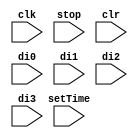
`timescale 1ns / 1ps
//////////////////////////////////////////////////////////////////////////////////
// Company: UT ECE
// UT EID: jcr4698
// 
// Design Name: Stopwatch/Timer
// Module Name: downCount
// Project Name: Lab 6
// Target Devices: Basys3
// Description:  down counter with optional initial time programmable stopwatch/timer. 
// Design will be implemented using RTL-design methodology with 4 modes.
// 
//////////////////////////////////////////////////////////////////////////////////

module downCount(
    input clk,
    input setTime,
    input stop,
    input clr,
    input di0,
    input di1,
    input di2,
    input di3
    );
    
    // TODO: timer down implementation
    
endmodule